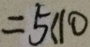
= 5 < 1 0